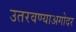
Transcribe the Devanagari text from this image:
उतरवण्याअगोदर